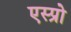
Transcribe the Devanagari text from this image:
एस्प्रो